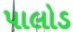
પાલોડ